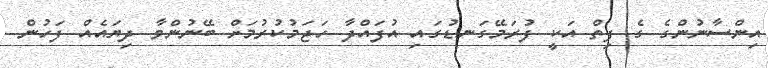
އިންސާނުންގެ ގެ ފިތް އަކީ ފުރަމޭގަނޑުގައި އުފައްދާ ހަޖަމުކުރުމަށް ބޭނުންވާ ދިޔައެއް ފަހުން